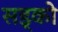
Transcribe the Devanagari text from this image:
सड्को